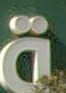
ـة